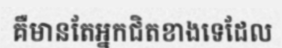
គឺមានតែអ្នកជិតខាងទេដែល